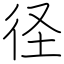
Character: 径